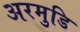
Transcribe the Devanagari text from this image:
अरमुडि